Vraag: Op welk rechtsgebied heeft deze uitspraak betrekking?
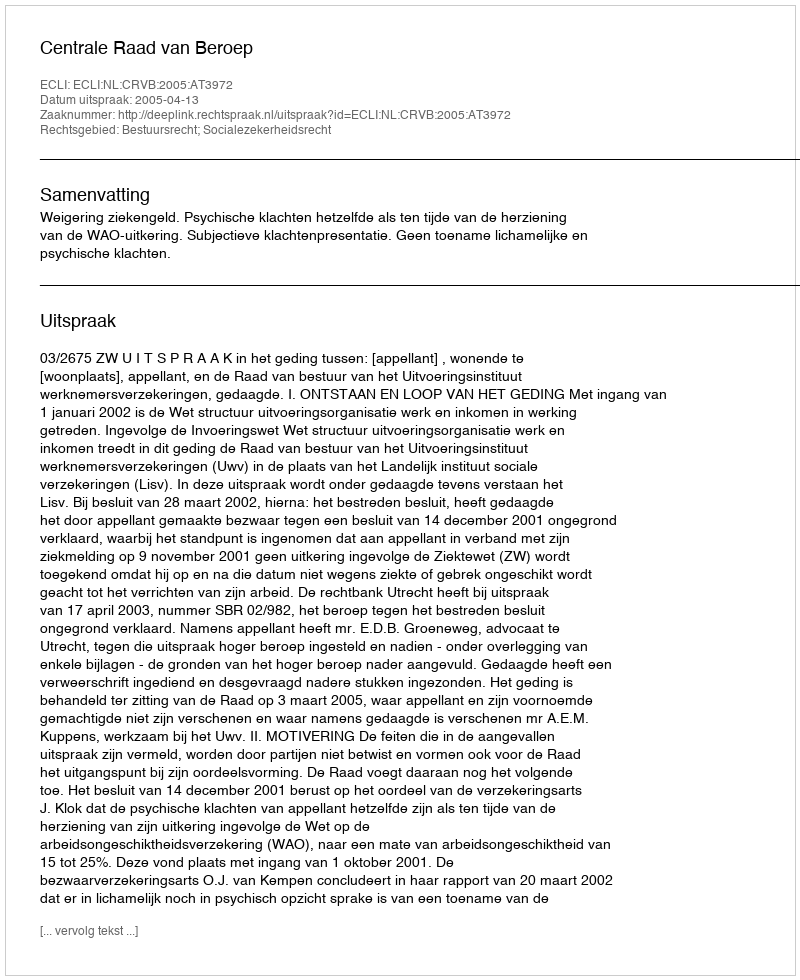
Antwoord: Bestuursrecht; Socialezekerheidsrecht